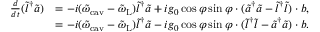
\begin{array} { r l } { \frac { d } { d t } ( \tilde { l } ^ { \dagger } \tilde { a } ) } & { = - i ( \tilde { \omega } _ { \mathrm { c a v } } - \tilde { \omega } _ { \mathrm { L } } ) \tilde { l } ^ { \dagger } \tilde { a } + i g _ { 0 } \cos \varphi \sin \varphi \cdot ( \tilde { a } ^ { \dagger } \tilde { a } - \tilde { l } ^ { \dagger } \tilde { l } ) \cdot b , } \\ & { = - i ( \tilde { \omega } _ { \mathrm { c a v } } - \tilde { \omega } _ { \mathrm { L } } ) \tilde { l } ^ { \dagger } \tilde { a } - i g _ { 0 } \cos \varphi \sin \varphi \cdot ( \tilde { l } ^ { \dagger } \tilde { l } - \tilde { a } ^ { \dagger } \tilde { a } ) \cdot b . } \end{array}